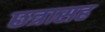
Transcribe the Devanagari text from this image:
छत्रासह